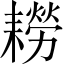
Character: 耮